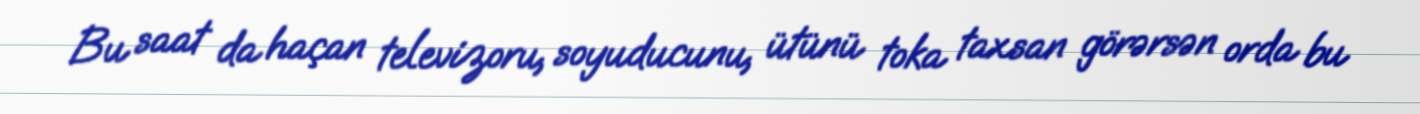
Bu saat da haçan televizoru, soyuducunu, ütünü toka taxsan görərsən orda bu